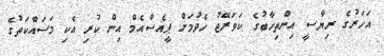
އަހަރުގެ ރިޔާސީ އިންތިހާބުގެ ކަވަރޭޖު ހެދުމަށް ޕީއެސްއެމް އިން ކުރި އެކި މަސައްކަތުގެ